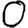
Digit: 0